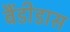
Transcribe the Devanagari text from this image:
बैंडीडास